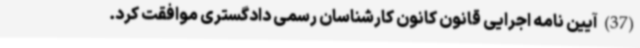
(37) آیین نامه اجرایی قانون کانون کارشناسان رسمی دادگستری موافقت کرد.